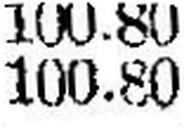
100.80